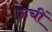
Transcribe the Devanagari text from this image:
ऊचीं